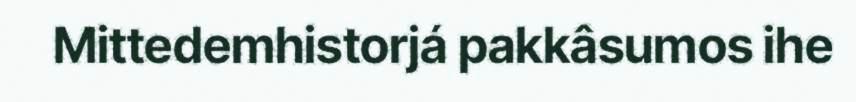
Mittedemhistorjá pakkâsumos ihe